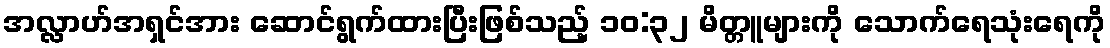
အလ္လာဟ်အရှင်အား ဆောင်ရွက်ထားပြီးဖြစ်သည့် ၁၀:၃၂ မိတ္တူများကို သောက်ရေသုံးရေကို